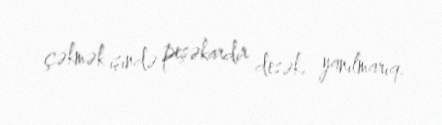
çəkmək işində peşəkardır desək, yanılmarıq.